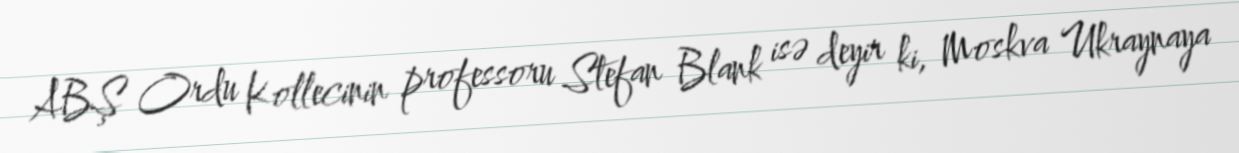
ABŞ Ordu Kollecinin professoru Stefan Blank isə deyir ki, Moskva Ukraynaya